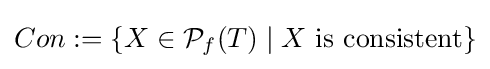
Con:=\{X\in {\mathcal {P}}_{f}(T)\mid X{\mbox{ is consistent}}\}